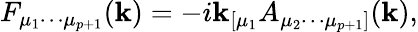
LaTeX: F_{{\mu}_{1}{\cdots}{\mu}_{p+1}}(\mathbf{k})=-i\mathbf{k}_{[{\mu}_{1}}A_{{\mu}_{2}{\cdots}{\mu}_{p+1}]}(\mathbf{k}),